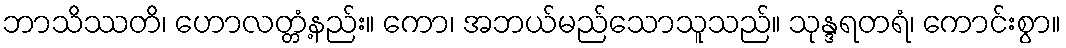
ဘာသိဿတိ၊ ဟောလတ္တံ့နည်း။ ကော၊ အဘယ်မည်သောသူသည်။ သုန္ဒရတရံ၊ ကောင်းစွာ။